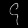
Digit: ၄